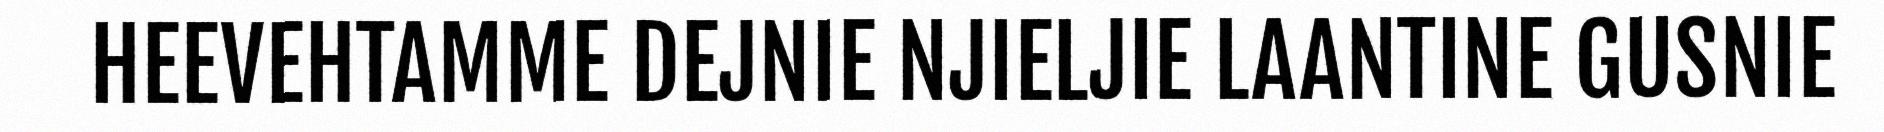
HEEVEHTAMME DEJNIE NJIELJIE LAANTINE GUSNIE